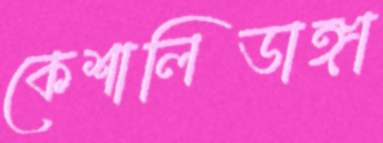
কেশালিডাঙ্গা